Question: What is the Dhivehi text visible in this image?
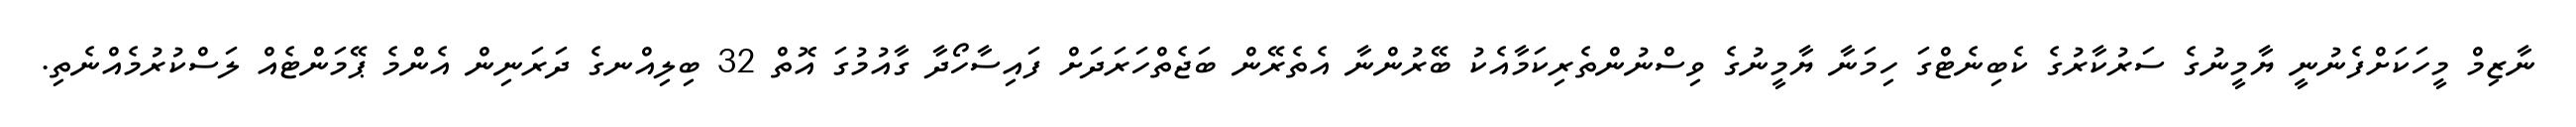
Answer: ނާޒިމް މީހަކަށްފެނުނީ ޔާމީނުގެ ސަރުކާރުގެ ކެބިނެޓްގަ ހިމަނާ ޔާމީނުގެ ވިސްނުންތެރިކަމާއެކު ބޭރުންނާ އެތެރޭން ބަޖެތްހަރަދަށް ފައިސާހޯދާ ގާއުމުގަ އޮތް 32 ބިލިއްނގެ ދަރަނިން އެންމެ ޕޭމަންޓެއް ލަސްކުރުމެއްނެތި.